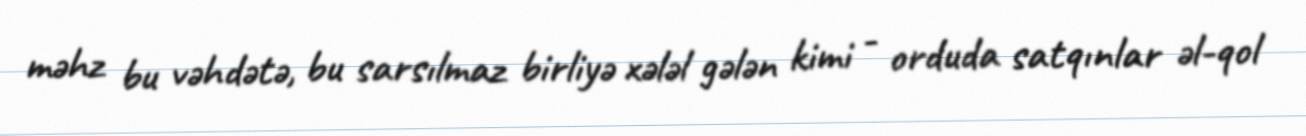
məhz bu vəhdətə, bu sarsılmaz birliyə xələl gələn kimi - orduda satqınlar əl-qol